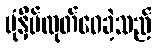
ပုံနှိပ်ထုတ်ဝေခဲ့သည်